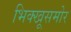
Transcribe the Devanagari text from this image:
भिक्खूसमोर